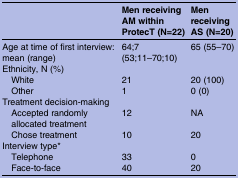
|  | Men receiving AM within ProtecT (N=22) | Men receiving AS (N=20) |
 | --- | --- | --- |
 | Age at time of first interview: mean (range) | 64;7 (53;11–70;10) | 65 (55–70) |
 | <COLSPAN=3> Ethnicity, N (%) |
 | White | 21 | 20 (100) |
 | Other | 1 | 0 (0) |
 | <COLSPAN=3> Treatment decision-making |
 | Accepted randomly allocated treatment | 12 | NA |
 | Chose treatment | 10 | 20 |
 | <COLSPAN=3> Interview type* |
 | Telephone | 33 | 0 |
 | Face-to-face | 40 | 20 |